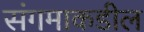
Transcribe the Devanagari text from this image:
संगमाकडील